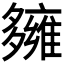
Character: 𡗌